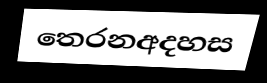
තෙරනඅදහස